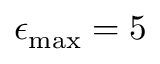
\epsilon _ { \operatorname* { m a x } } = 5